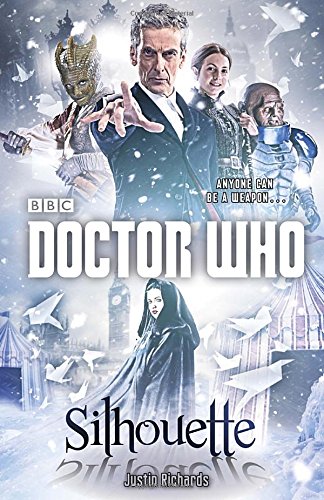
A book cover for Doctor Who: Silhouette; Justin Richards; Science Fiction & Fantasy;